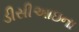
ડીસીઆઇના